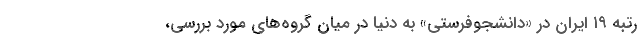
رتبه ۱۹ ایران در «دانشجوفرستی» به دنیا در میان گروه‌های مورد بررسی،